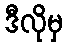
ဒီလိုမှ